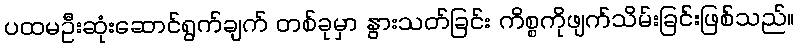
ပထမဦးဆုံးဆောင်ရွက်ချက် တစ်ခုမှာ နွားသတ်ခြင်း ကိစ္စကိုဖျက်သိမ်းခြင်းဖြစ်သည်။